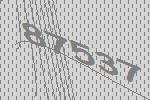
87537